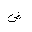
Letter: _dad